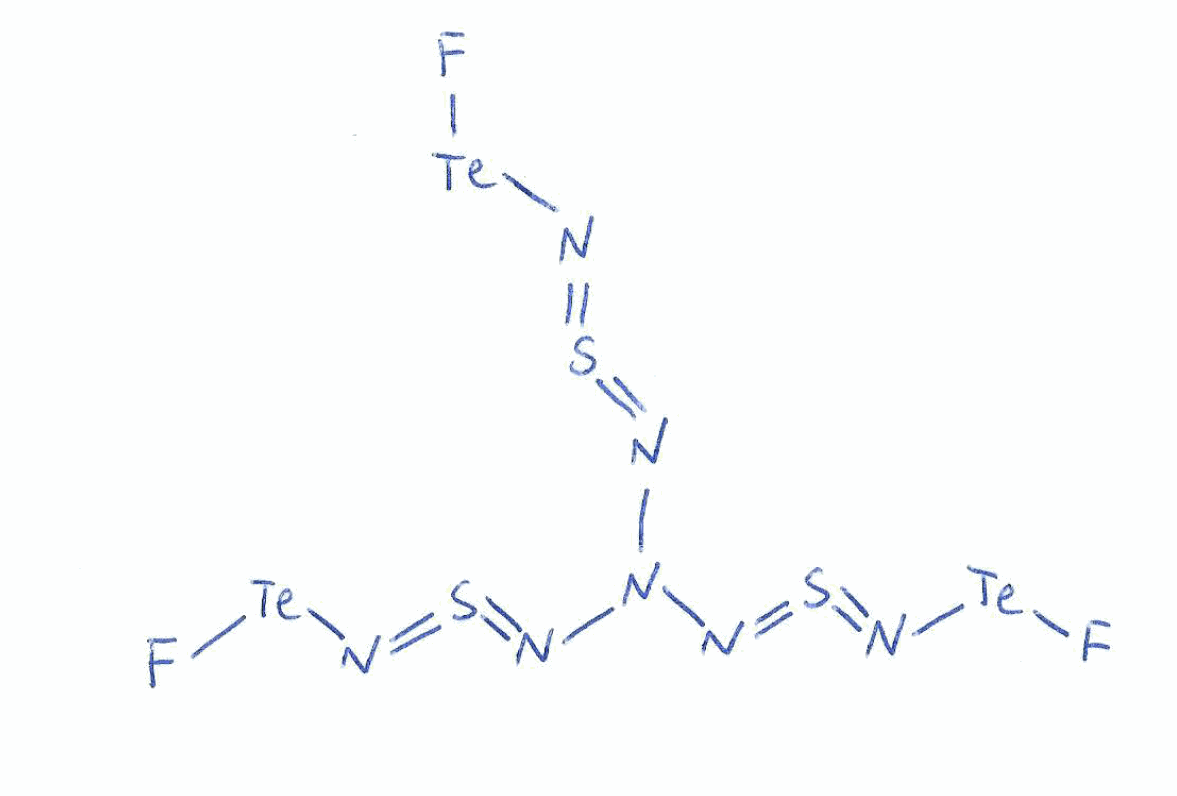
Simplified molecular-input line-entry system (SMILES) notation of the given molecule:
N(=S=N[Te]F)N(N=S=N[Te]F)N=S=N[Te]F